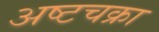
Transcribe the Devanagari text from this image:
अष्टचक्रा